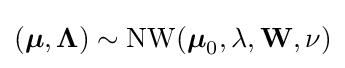
({\boldsymbol {\mu }},{\boldsymbol {\Lambda }})\sim \mathrm {NW} ({\boldsymbol {\mu }}_{0},\lambda ,\mathbf {W} ,\nu )